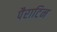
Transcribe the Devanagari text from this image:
पैराटिन